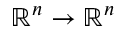
\mathbb { R } ^ { n } \to \mathbb { R } ^ { n }